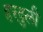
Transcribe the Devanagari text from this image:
हरदुली